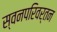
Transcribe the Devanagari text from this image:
स्वनपरिवर्तन